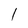
Character: l